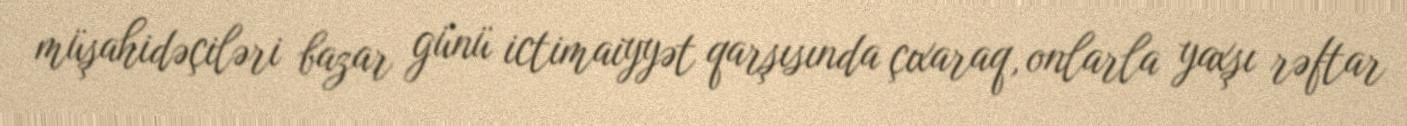
müşahidəçiləri bazar günü ictimaiyyət qarşısında çıxaraq, onlarla yaxşı rəftar